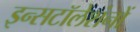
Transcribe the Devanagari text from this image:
इन्सटॉलेशंनों